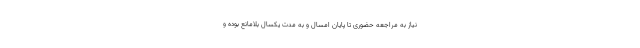
نیاز به مراجعه حضوری تا پایان امسال و به مدت یکسال بلامانع بوده و